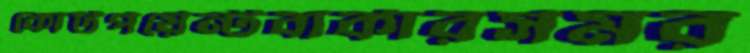
কোর্টপয়েন্টবার্কারসমর